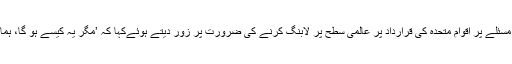
اس کے ساتھ خورشید شاہ نے کشمیر کے مسئلے پر اقوام متحدہ کی قرارداد پر عالمی سطح پر لابنگ کرنے کی ضرورت پر زور دیتے ہوئےکہا کہ ’مگر یہ کیسے ہو گا، ہمارے پاس کوئی وزیر خارجہ ہی نہیں ہے؟